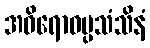
အဝိရောဓပ္ပသံသိနံ